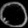
Digit: ၀